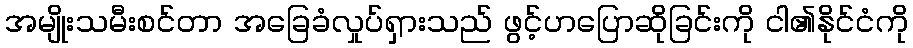
အမျိုးသမီးစင်တာ အခြေခံလှုပ်ရှားသည် ဖွင့်ဟပြောဆိုခြင်းကို ငါ၏နိုင်ငံကို